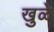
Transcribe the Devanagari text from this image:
खुळे